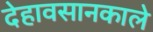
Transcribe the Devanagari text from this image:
देहावसानकाले